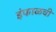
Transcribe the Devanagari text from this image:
इंफाळची